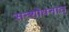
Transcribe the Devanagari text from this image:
सन्शोधनात्